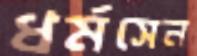
ধর্মসেন